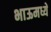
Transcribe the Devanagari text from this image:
भाऊमध्ये